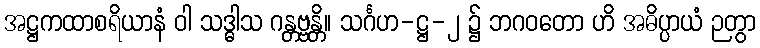
အဋ္ဌကထာစရိယာနံ ဝါ သဒ္ဓါသ ဂန္တဗ္ဗန္တိ။ သင်္ဂဟ-ဋ္ဌ-၂ ၌ ဘဂဝတော ဟိ အဓိပ္ပာယံ ဉတွာ